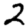
Digit: 2